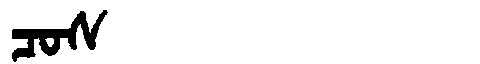
Manchu: ᠴᠣᠰ
Romanization: COS